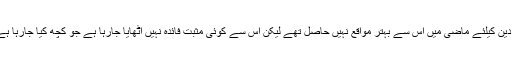
دعوت و تبلیغ اور اشاعت دین کیلئے ماضی میں اس سے بہتر مواقع نہیں حاصل تھے لیکن اس سے کوئی مثبت فائدہ نہیں اٹھایا جارہا ہے جو کچھ کیا جارہا ہے بالکل برعکس اور منفی۔